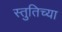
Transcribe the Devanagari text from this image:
स्तुतिच्या